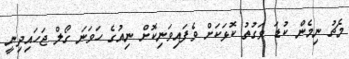
މެޗު ނިމެން ކުޑަ ވަގުތު ކޮޅަކަށް ވެފައިވަނިކޮށް ނިއުގެ ހަވަނަ ގޯލް ޖަހައިދިނީ